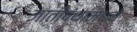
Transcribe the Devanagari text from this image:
जातीपंथांमध्ये